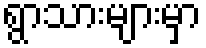
ရွာသားများမှာ